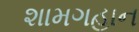
શામગહાન